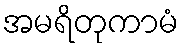
အမရိတုကာမံ